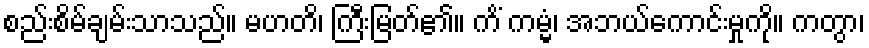
စည်းစိမ်ချမ်းသာသည်။ မဟတိ၊ ကြီးမြတ်၏။ ကိံ ကမ္မံ၊ အဘယ်ကောင်းမှုကို။ ကတွာ၊